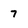
Character: 7